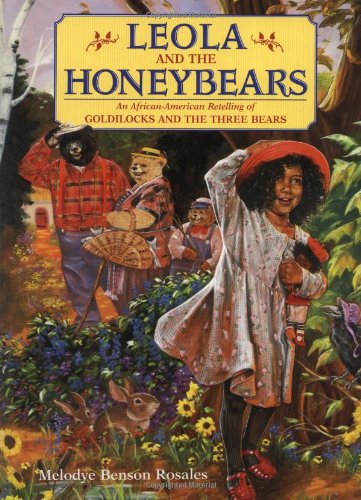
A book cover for Leola and the Honeybears (hc); Melodye Rosales; Children's Books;